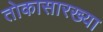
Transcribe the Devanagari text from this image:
तोकासारख्या